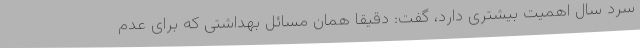
سرد سال اهمیت بیشتری دارد، گفت: دقیقا همان مسائل بهداشتی که برای عدم